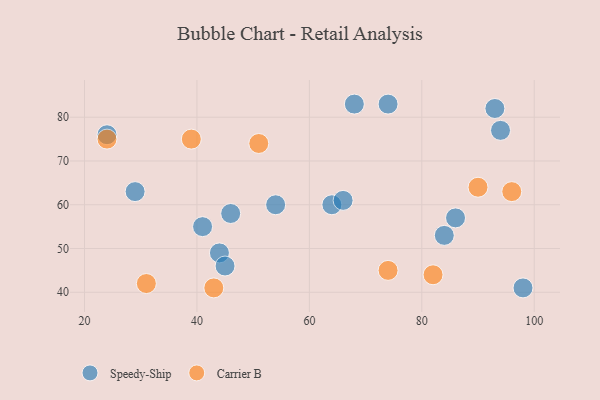
{"axis": {"x": "GDP", "y": "Life Expectancy"}, "legend": ["Carrier B", "Speedy-Ship"], "data": [{"x": "41", "y": 55, "type": "Speedy-Ship"}, {"x": "74", "y": 83, "type": "Speedy-Ship"}, {"x": "68", "y": 83, "type": "Speedy-Ship"}, {"x": "84", "y": 53, "type": "Speedy-Ship"}, {"x": "64", "y": 60, "type": "Speedy-Ship"}, {"x": "98", "y": 41, "type": "Speedy-Ship"}, {"x": "24", "y": 76, "type": "Speedy-Ship"}, {"x": "44", "y": 49, "type": "Speedy-Ship"}, {"x": "66", "y": 61, "type": "Speedy-Ship"}, {"x": "54", "y": 60, "type": "Speedy-Ship"}, {"x": "46", "y": 58, "type": "Speedy-Ship"}, {"x": "94", "y": 77, "type": "Speedy-Ship"}, {"x": "45", "y": 46, "type": "Speedy-Ship"}, {"x": "93", "y": 82, "type": "Speedy-Ship"}, {"x": "86", "y": 57, "type": "Speedy-Ship"}, {"x": "29", "y": 63, "type": "Speedy-Ship"}, {"x": "39", "y": 75, "type": "Carrier B"}, {"x": "51", "y": 74, "type": "Carrier B"}, {"x": "74", "y": 45, "type": "Carrier B"}, {"x": "43", "y": 41, "type": "Carrier B"}, {"x": "31", "y": 42, "type": "Carrier B"}, {"x": "96", "y": 63, "type": "Carrier B"}, {"x": "82", "y": 44, "type": "Carrier B"}, {"x": "90", "y": 64, "type": "Carrier B"}, {"x": "24", "y": 75, "type": "Carrier B"}]}